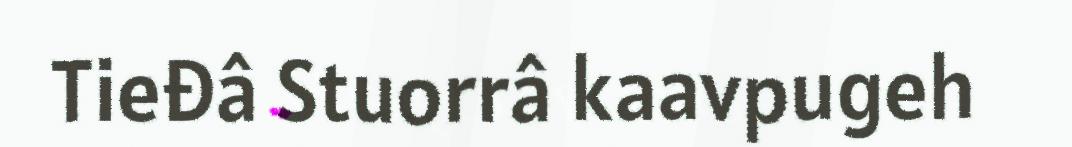
Tieđâ Stuorrâ kaavpugeh